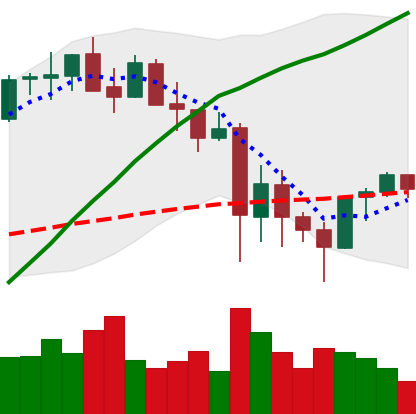
Ticker: ETH-USD
Chart end date: 2021-05-27
Forward return: -3.763%
Label: down_3_5